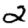
Digit: 2